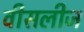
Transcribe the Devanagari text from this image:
वीसलीज